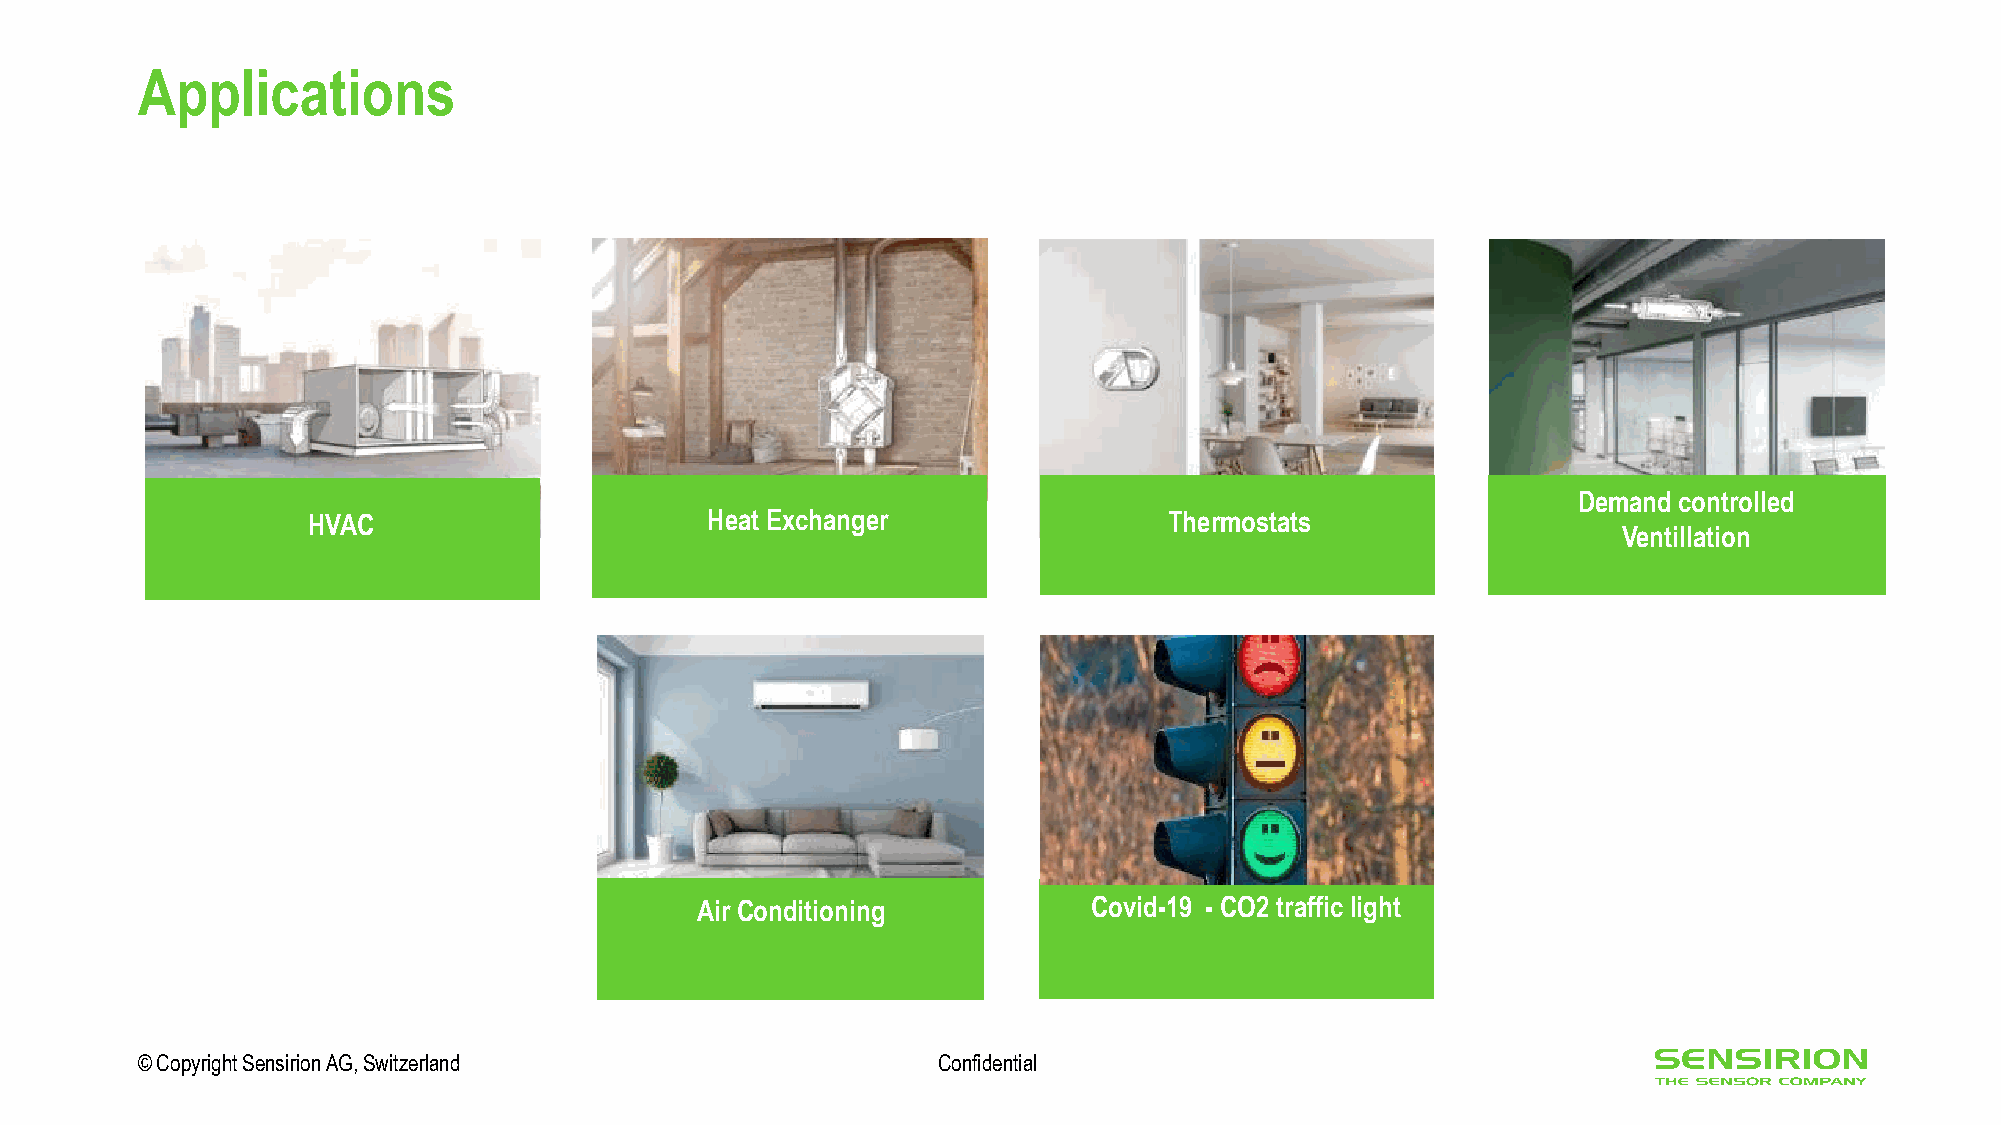
Applications
 Demand controlled
 HVAC                       Heat Exchanger                Thermostats
 Ventillation
 Air Conditioning          Covid-19 - CO2 traffic light
 IOT Devices
 © Copyright Sensirion AG, Switzerland                Confidential